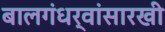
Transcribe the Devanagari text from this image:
बालगंधर्वांसारखी